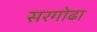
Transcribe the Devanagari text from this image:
सरगोढा